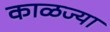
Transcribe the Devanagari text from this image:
काळज्या